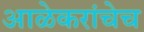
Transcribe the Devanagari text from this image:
आळेकरांचेच